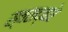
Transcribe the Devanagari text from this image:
स्वराद्वारे